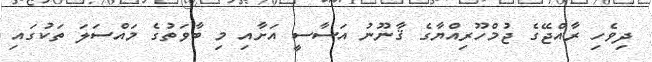
ދިވެހި ރާއްޖޭގެ ޖުމްހޫރިއްޔާގެ ޤާނޫނު އަސާސީ އަށާއި މި ބާވަތުގެ މައްސަލަ ތަކުގައި